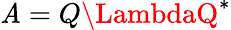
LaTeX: \mathit{A}=Q\LambdaQ^{*}